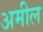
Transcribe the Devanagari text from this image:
अमील